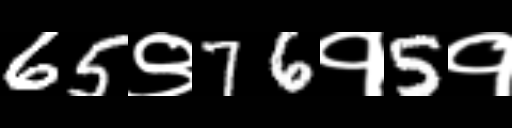
Text: 65९76१5१